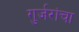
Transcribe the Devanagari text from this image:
गुर्जरांचा